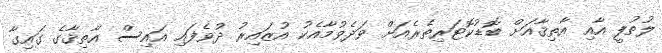
ލުތުފީ އާއި އާތިޤާއަށް ބޮޑުކޮޓަރިތެރެއަށް ވަދެވުމާއެކު އުޒައިރު ދުވެފައި އައިސް އާތިޤާގެ ގައިގާ